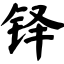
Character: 铎